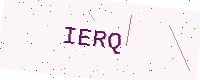
Text: IERQ